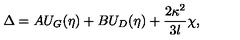
\Delta = A U _ { G } ( \eta ) + B U _ { D } ( \eta ) + \frac { 2 \kappa ^ { 2 } } { 3 l } \chi ,